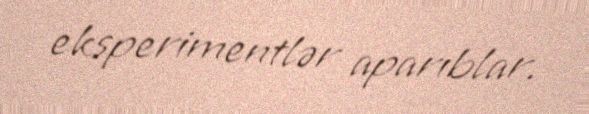
eksperimentlər aparıblar.